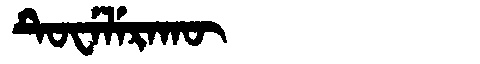
Manchu: ᡨᡠᠸᡝᠯᡝᡵᠠᡴᡡ
Romanization: TUWELERAKŪ